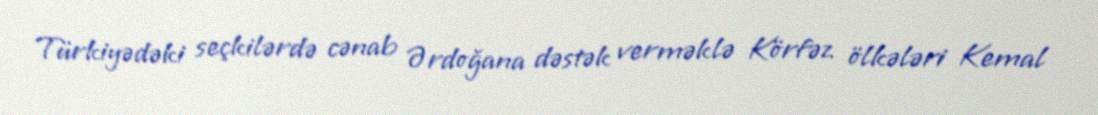
Türkiyədəki seçkilərdə cənab Ərdoğana dəstək verməklə Körfəz ölkələri Kemal